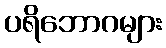
ပရိဘောဂများ